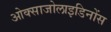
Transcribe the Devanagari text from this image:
ओक्साजोलाइडिनोंस